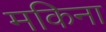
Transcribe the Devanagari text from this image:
मकिना